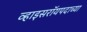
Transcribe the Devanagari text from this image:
व्हाइसरॉयपदाच्या